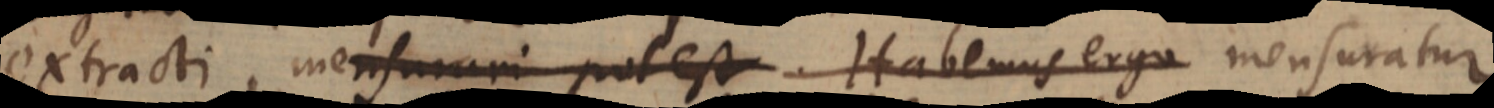
extracti, mensurari potest. Habemus ergo mensuratur